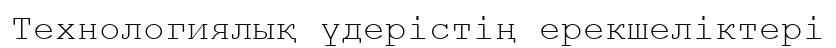
Технологиялық үдерістің ерекшеліктері